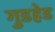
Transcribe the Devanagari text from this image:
गुडहेड